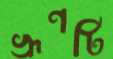
ভ্রূণটি